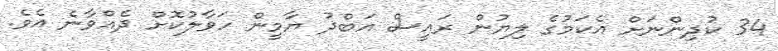
34 ކުދިންނަށް އެކަމުގެ ލިޔުން ރައީސް އަބްދު ޔާމީން ހަވާލުކޮށް ދެއްވާނެ އެވެ.